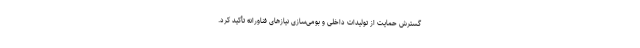
گسترش حمایت از تولیدات داخلی و بومی‌سازی نیازهای فناورانه تأکید کرد.